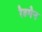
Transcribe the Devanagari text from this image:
रैडमैन